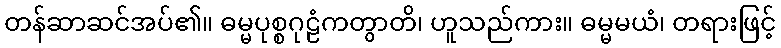
တန်ဆာဆင်အပ်၏။ ဓမ္မပုစ္စဂုဠံကတွာတိ၊ ဟူသည်ကား။ ဓမ္မမယံ၊ တရားဖြင့်